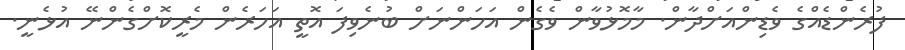
ފުރެންޑެއްގެ ވެޑިންއަށްދާން. މާމޮޅުވާން ވެގެން އަހަންނަށް ބުނެވިފަ އޮތީ އަހަރެން މެރީކޮށްގެންނޭ އުޅެނީ.